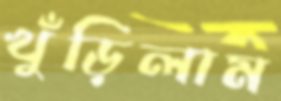
খুঁড়িলাম